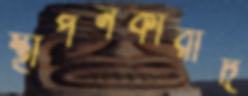
স্থাপনকারীদ